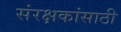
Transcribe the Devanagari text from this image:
संरक्षकांसाठी